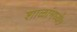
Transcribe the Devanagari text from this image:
शाळांमध्ये७